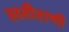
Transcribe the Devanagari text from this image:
सतीराणी